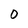
Character: O